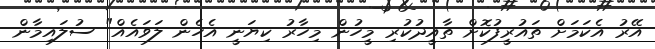
އޭރު އެކަމަށް ތައުރީފުކޮށް ތާއީދުކުރި މީހުން މިހާރު ކިޔަނީ އެހެން ލަވައެއް" ސުލައިމާން